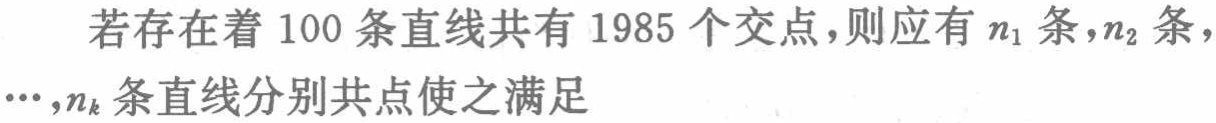
若存在着 100 条直线共有 1985 个交点，则应有 \(n_1\) 条，\(n_2\) 条，\(\cdots\)，\(n_k\) 条直线分别共点使之满足